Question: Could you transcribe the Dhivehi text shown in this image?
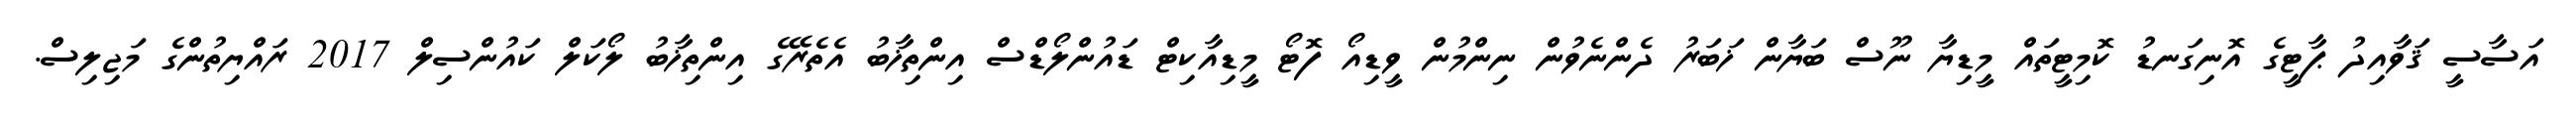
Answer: އަސާސީ ޤަވާއިދު ޕާޓީގެ އޮނިގަނޑު ކޮމިޓީތައް މީޑިޔާ ނޫސް ބަޔާން ޚަބަރު ދެންނެވުން ނިންމުން ވީޑިއޯ ފޮޓޯ މީޑިއާކިޓް ޑައުންލޯޑްސް އިންތިޚާބު އެތެރޭގެ އިންތިޚާބު ލޯކަލް ކައުންސިލް 2017 ރައްޔިތުންގެ މަޖިލިސް.